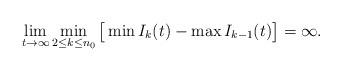
LaTeX: \begin{align*}\lim_{t\to\infty}\min_{2\leq k\leq n_0} \big[\min I_k(t)-\max I_{k-1}(t)\big]=\infty.\end{align*}